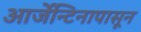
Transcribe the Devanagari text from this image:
आर्जेन्टिनापासून